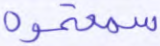
سمعتموه